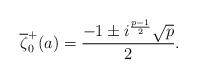
LaTeX: \begin{align*}\overline{\zeta}^+_0(a)=\frac{-1\pm i^\frac{p-1}{2}\sqrt{p}}{2}.\end{align*}